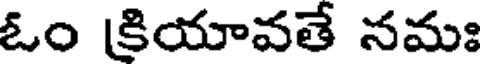
ఓం క్రియావతే నమః